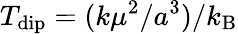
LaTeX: T_{\mathrm{dip}}=(k\mu^{2}/a^{3})/k_{\mathrm{B}}